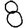
Digit: 8